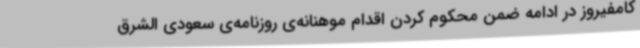
کامفیروز در ادامه ضمن محکوم کردن اقدام موهنانه‌ی روزنامه‌ی سعودی الشرق